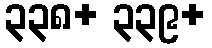
၃၃၈+ ၃၃၉+